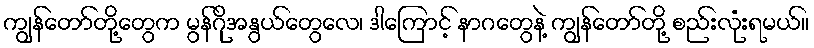
ကျွန်တော်တို့တွေက မွန်ဂိုအနွယ်တွေလေ၊ ဒါကြောင့် နာဂတွေနဲ့ ကျွန်တော်တို့ စည်းလုံးရမယ်။